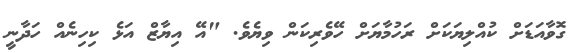
ގޮވާއަޑަށް ކުއްލިޔަކަށް ރަހުމާޔަށް ހޭވެރިކަން ވިޔެވެ. "އޭ އިޔާޒް އަޅެ ކިހިނެއް ހަދާނީ